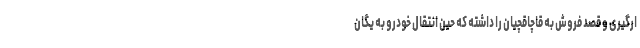
ارگیری و قصد فروش به قاچاقچیان را داشته که حین انتقال خودرو به یگان